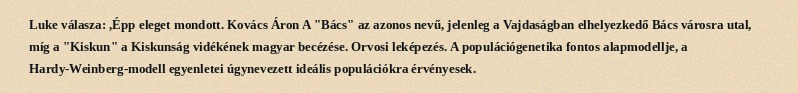
Luke válasza: ,Épp eleget mondott. Kovács Áron A "Bács" az azonos nevű, jelenleg a Vajdaságban elhelyezkedő Bács városra utal, míg a "Kiskun" a Kiskunság vidékének magyar becézése. Orvosi leképezés. A populációgenetika fontos alapmodellje, a Hardy-Weinberg-modell egyenletei úgynevezett ideális populációkra érvényesek.